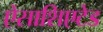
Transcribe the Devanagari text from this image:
ऐसाशिएटेड